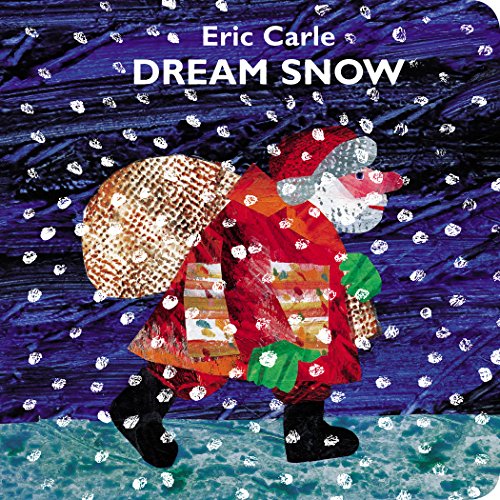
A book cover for Dream Snow; Eric Carle; Children's Books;